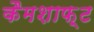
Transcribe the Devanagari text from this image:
कैमशाफ़्ट